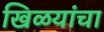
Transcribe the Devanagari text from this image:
खिळयांचा